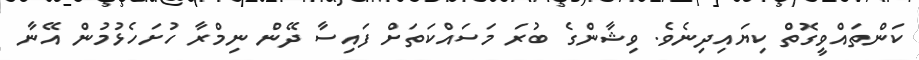
ކަންތައްވީގޮތް ކިޔައިދިނެވެ. ވިޝާންގެ ބުރަ މަސައްކަތަށް ފައިސާ ދޭން ނިމްރާ ހުށަހެޅުމުން އޭނާ